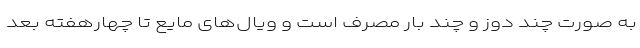
به صورت چند دوز و چند بار مصرف است و ویال‌های مایع تا چهارهفته بعد